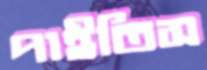
পাইতিস